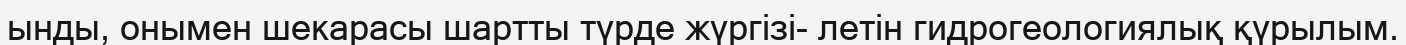
ынды, онымен шекарасы шартты түрде жүргізі- летін гидрогеологиялық қүрылым.